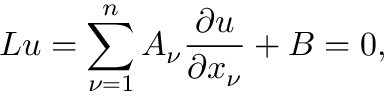
L u = \sum _ { \nu = 1 } ^ { n } A _ { \nu } { \frac { \partial u } { \partial x _ { \nu } } } + B = 0 ,